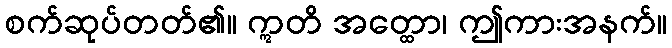
စက်ဆုပ်တတ်၏။ ဣတိ အတ္ထော၊ ဤကားအနက်။